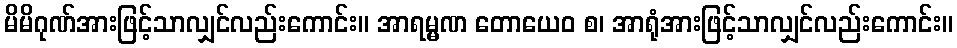
မိမိဂုဏ်အားဖြင့်သာလျှင်လည်းကောင်း။ အာရမ္မဏ တောယေဝ စ၊ အာရုံအားဖြင့်သာလျှင်လည်းကောင်း။